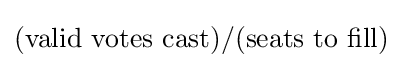
({\rm {\mbox{valid votes cast}}})/({\rm {\mbox{seats to fill}}})